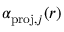
\alpha _ { \mathrm { p r o j } , j } ( r )